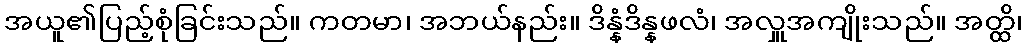
အယူ၏ပြည့်စုံခြင်းသည်။ ကတမာ၊ အဘယ်နည်း။ ဒိန္နံဒိန္နဖလံ၊ အလှူအကျိုးသည်။ အတ္ထိ၊